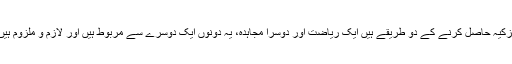
تزکیہ حاصل کرنے کے دو طریقے ہیں ایک ریاضت اور دوسرا مجاہدہ، یہ دونوں ایک دوسرے سے مربوط ہیں اور لازم و ملزوم ہیں۔